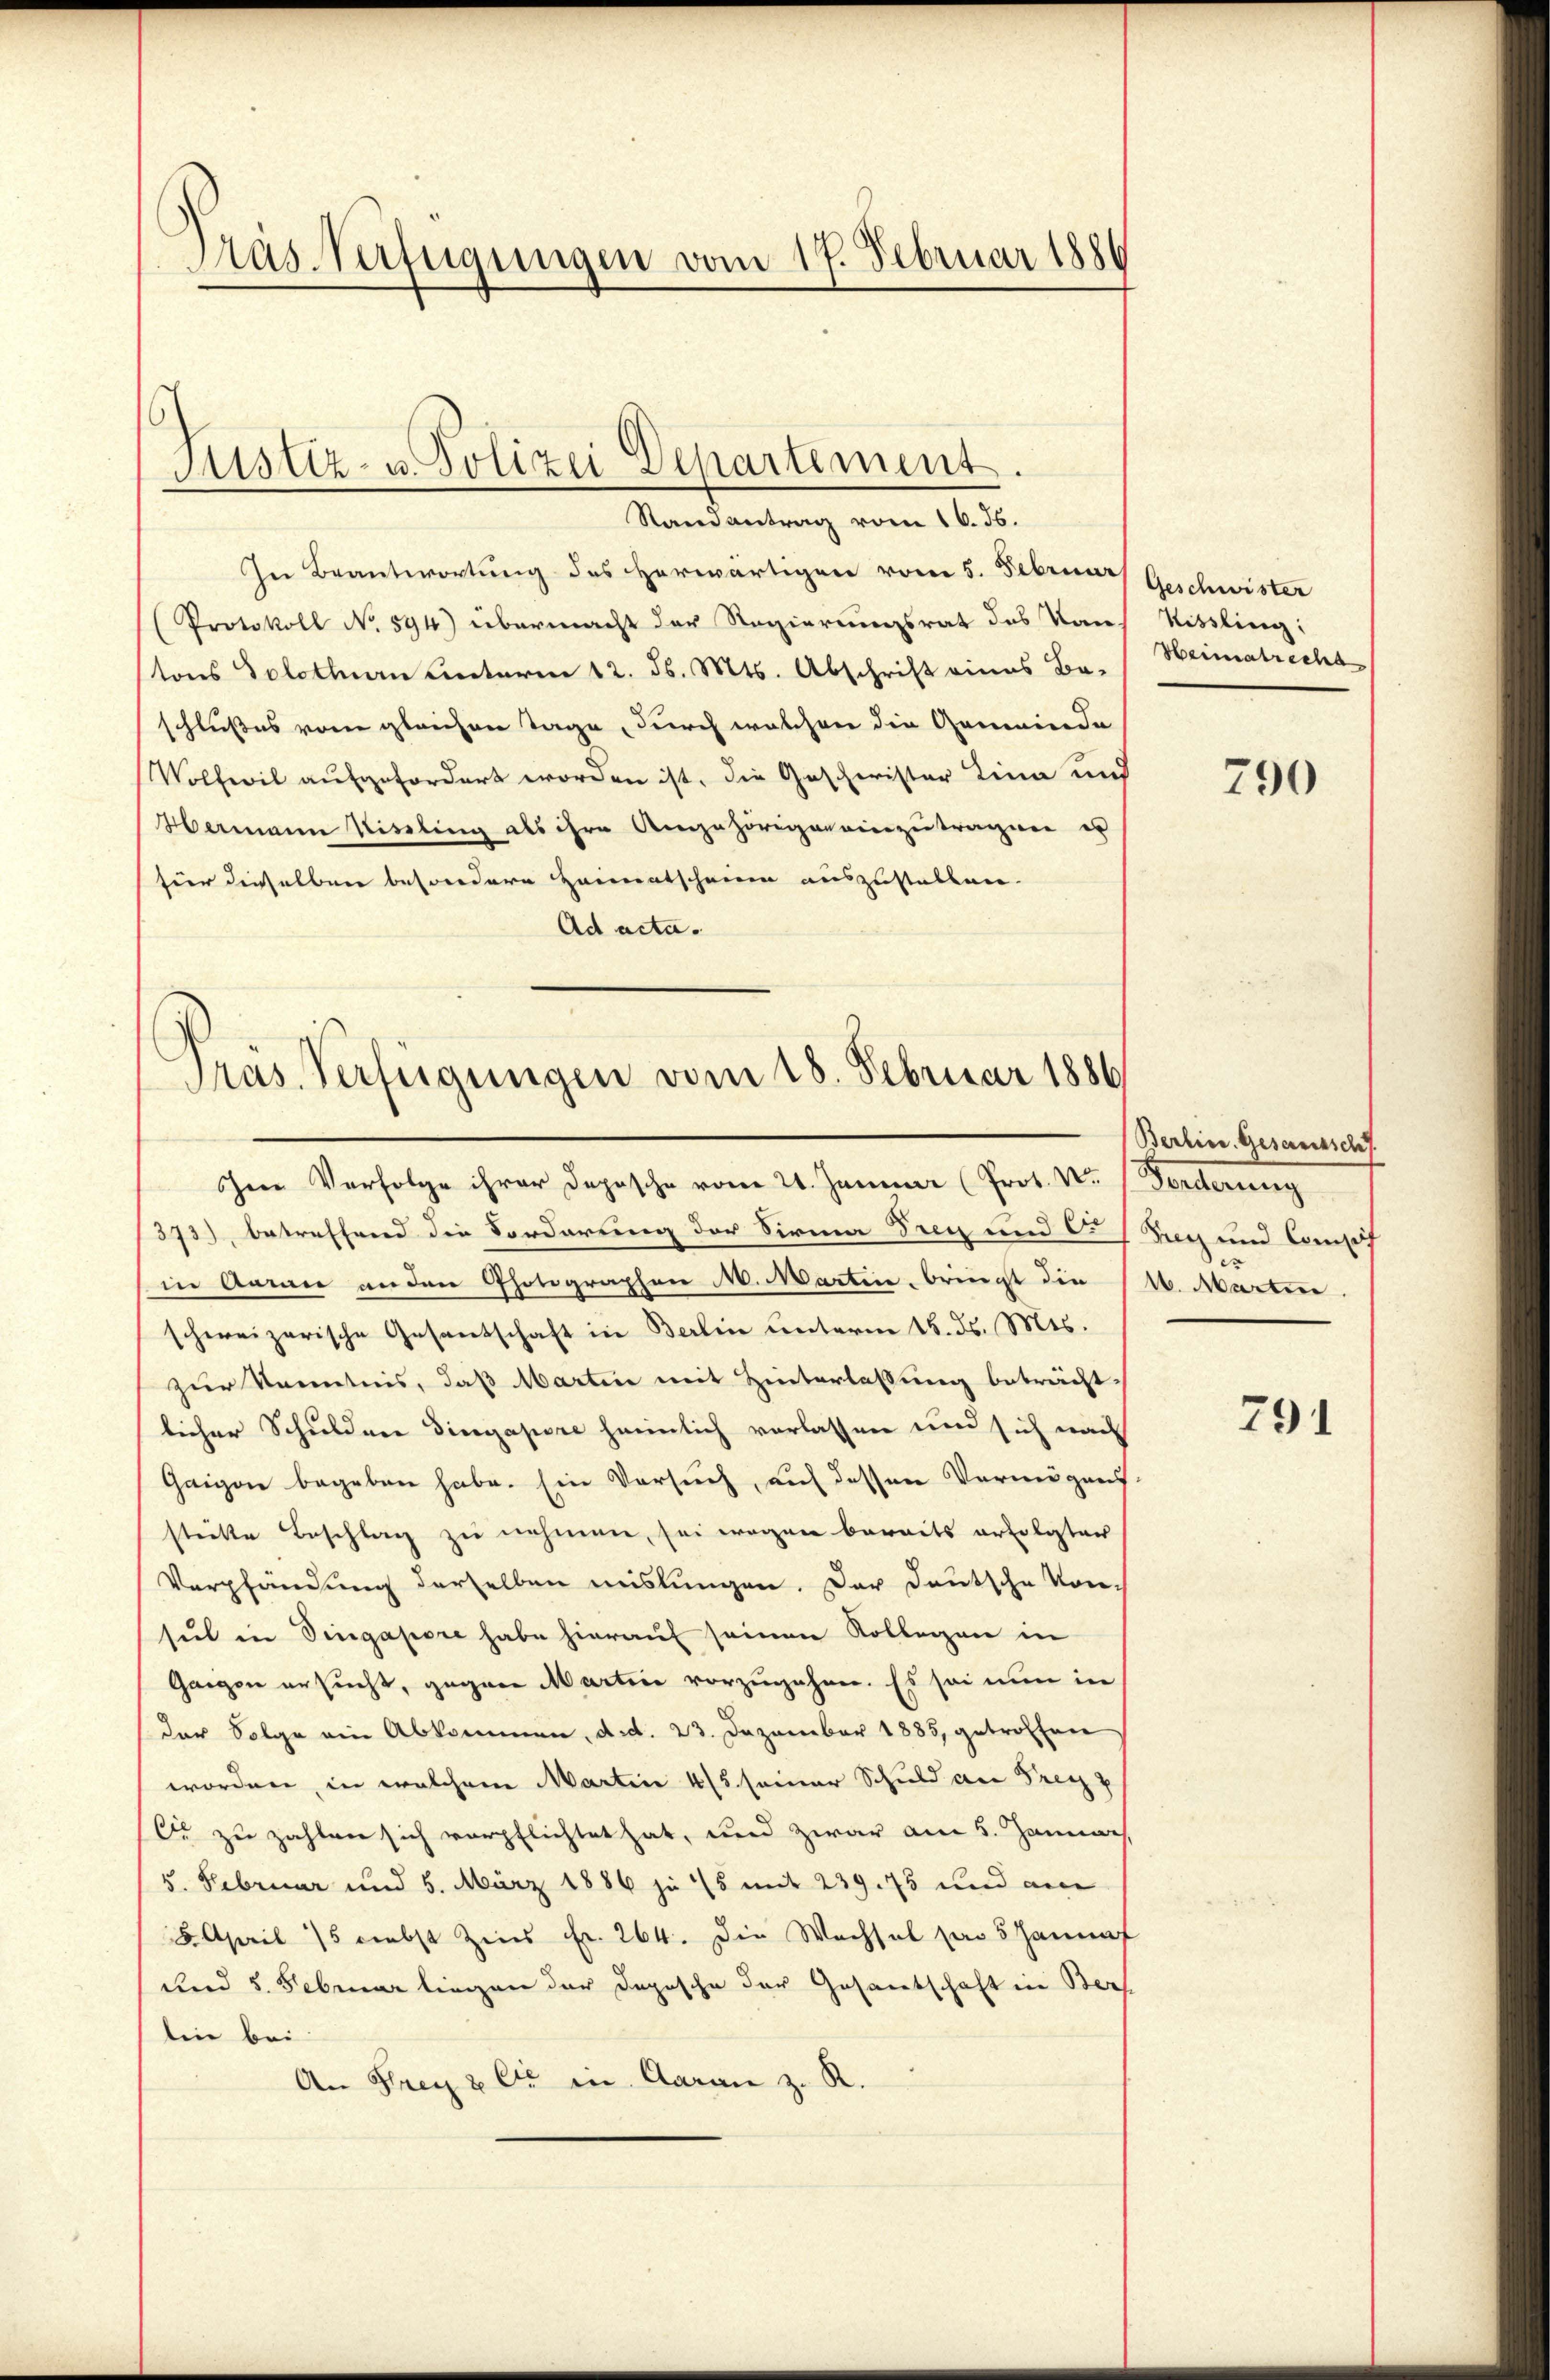
as-Verfügungen vom 17. Februar 188

In Beantwortung des herwärtigen vom 5. Februar Geschwister
Protokoll No 594) übermacht der Regierungsrat des Kauf Nissling:
tons Solothurn unterm 12. d. Mts. Abschrift eines Be-
schlußes vom gleichen Tage, durch welchen die Gemeinde
Wolfeil aufgefordert worden ist, die Gescherister Lina und
Hermann Nisling als ihre Angehörigen einzutragen er
fier dieselben besondere Heimatscheine auszustellen.
Ad acta.

Justiz- u. Polizei Departement.
Randantrag vom 16. 56.

Präs. Verfügungen vom 18. Februar 1886

Ine Verfolge ihrer Dopische vom 21. Januar (Prot. Nr. (Forderung
373), betreffend die Forderung der Sirma Frey und C. Sag und Consis
in Annie anden Photographen M. Martin bringt die M. Martin
schweizerische Gesantschaft in Berlin unterm 16. ds. Mts.
zur Kenntnis, daß Martin mit Hinterlassung beträcht
licher Schulden Dingapore heimlich verlassen und sich nach
Gaigen begeben habe. Ein Versuch, auf dessen Vermögens
stritte Beschlag zu nehmen, sei wegen bereits erfolgter
Verpfändung derselben mislungen. Der Deutsche Konsul in Singapore habe hierauf seinen Kollegen in
Gangen ersucht, gegen Martine vorzugehen. Es sei nun in
(der Folge ein Abkommen, d.d. 23. Dezember 1885, getroffen
worden, in welchem Martin 4/5. seiner Schuld an Frey
Cie zu zahlen sich verpflichtet hat, und zwar am 5. Januar
5. Februar und 5. März 1886 je 15 mit 239. 75 und am
8. April 175 nebst Zins Fr. 264. Die Wechsel par 5 Jannnf
und 5. Februar liegen der Depesche der Gesamtschaft in Ber
lein bei
An Frey & Cie in Aaran z. R.

Heimatrecha

790

Berlin. Gesamtsch

791